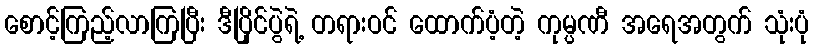
စောင့်ကြည့်လာကြပြီး ဒီပြိုင်ပွဲရဲ့ တရားဝင် ထောက်ပံ့တဲ့ ကုမ္ပဏီ အရေအတွက် သုံးပုံ